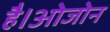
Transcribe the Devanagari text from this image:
है।ओजोन